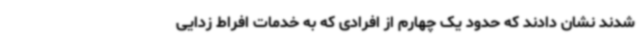
شدند نشان دادند که حدود یک چهارم از افرادی که به خدمات افراط زدایی